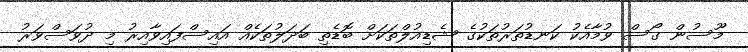
މޫސުން ގޯސް ވުމާއެކު ކަނޑުތަރުތަކުގެ ޝެޑިއުލްތަކަށް ބޮޑެތި ބަދަލުތަކެއް އައިސްފައިވާއިރު މި ދުވަސްވަރު